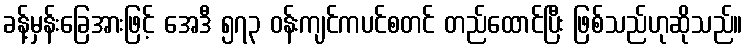
ခန့်မှန်းခြေအားဖြင့် အေဒီ ၅၇၃ ဝန်းကျင်ကပင်စတင် တည်ထောင်ပြီး ဖြစ်သည်ဟုဆိုသည်။